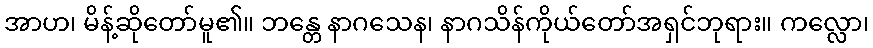
အာဟ၊ မိန့်ဆိုတော်မူ၏။ ဘန္တေ နာဂသေန၊ နာဂသိန်ကိုယ်တော်အရှင်ဘုရား။ ကလ္လော၊